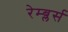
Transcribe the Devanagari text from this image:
रेम्ब्लर्स